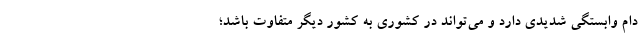
دام وابستگی شدیدی دارد و می‌تواند در کشوری به کشور دیگر متفاوت باشد؛